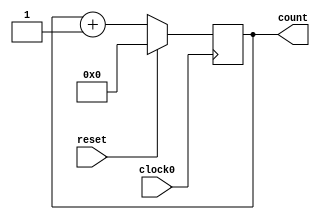
/////////////////////////////////////////
//  Functionality: 16 bit up counter 
////////////////////////////////////////

module counterup16_1clk_negedge_sync_resetp(clock0, reset, count);

	input clock0, reset;
	output [15:0] count;
	reg [15:0] count;

	initial begin
      	  count <= 0;
    	end                                      

	always @ (negedge clock0) begin
		if (reset == 1'b1) begin
			count <= 0;
		end 
		else begin
			count <= count + 1;
		end
	end

endmodule